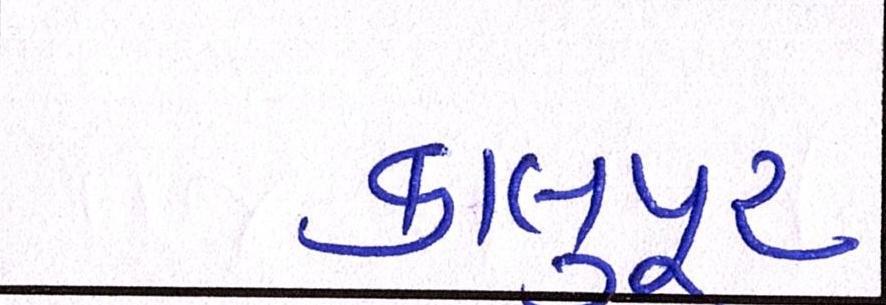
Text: કાલુપુર